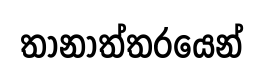
තානාත්තරයෙන්